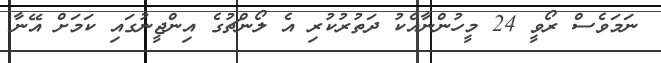
ނަމަވެސް ރޯވީ 24 މީހުންނާއެކު ދަތުރުކުރި އެ ލޯންޗުގެ އިންޖީނުގައި ކަމަށް އޭނާ